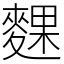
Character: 䴹